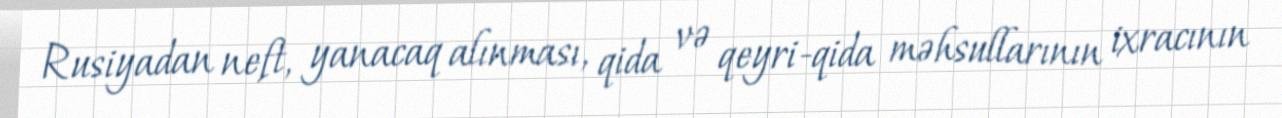
Rusiyadan neft, yanacaq alınması, qida və qeyri-qida məhsullarının ixracının